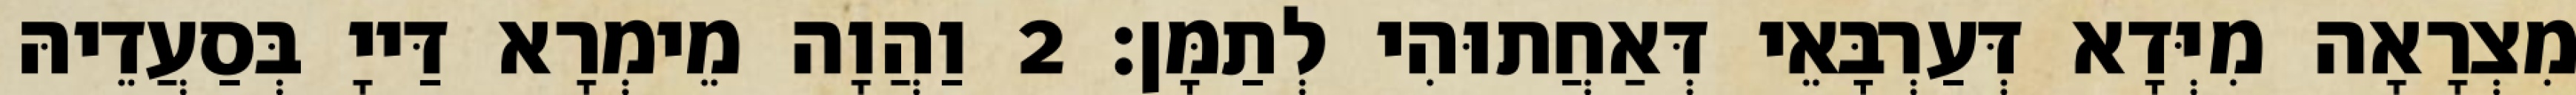
מִצְרָאָה מִיְּדָא דְּעַרְבָּאֵי דְּאַחֲתוּהִי לְתַמָּן׃ 2 וַהֲוָה מֵימְרָא דַּייָ בְּסַעֲדֵיהּ